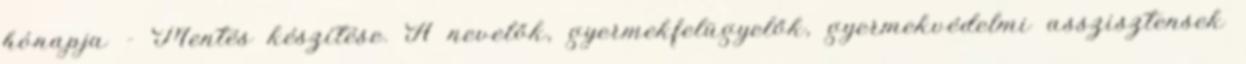
hónapja - Mentés készítése. A nevelők, gyermekfelügyelők, gyermekvédelmi asszisztensek